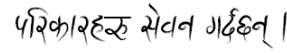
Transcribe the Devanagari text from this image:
परिकारहरू सेवन गर्दछिन् ।